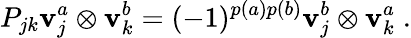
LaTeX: P_{jk}\mathbf{v}_{j}^{a}\otimes\mathbf{v}_{k}^{b}=(-1)^{p(a)p(b)}\mathbf{v}_{j}^{b}\otimes\mathbf{v}_{k}^{a}\; .